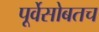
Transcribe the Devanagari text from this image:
पूर्वेसोबतच